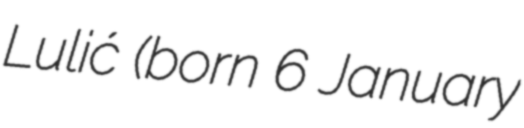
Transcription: Lulić (born 6 January